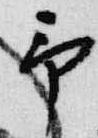
予